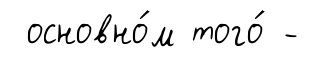
основно́м того́ -